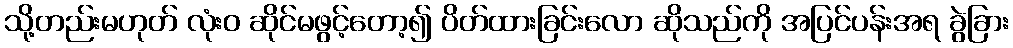
သို့တည်းမဟုတ် လုံးဝ ဆိုင်မဖွင့်တော့၍ ပိတ်ထားခြင်းလော ဆိုသည်ကို အပြင်ပန်းအရ ခွဲခြား